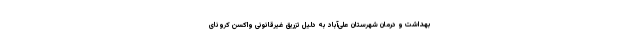
بهداشت و درمان شهرستان علی‌آباد به دلیل تزریق غیرقانونی واکسن کرونای